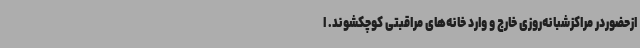
ازحضوردر مراکزشبانه‌روزی خارج و وارد خانه‌های مراقبتی کوچکشوند. ا